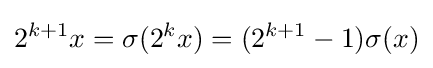
2^{k+1}x=\sigma (2^{k}x)=(2^{k+1}-1)\sigma (x)